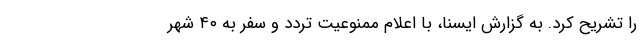
را تشریح کرد. به گزارش ایسنا، با اعلام ممنوعیت تردد و سفر به ۴۰ شهر